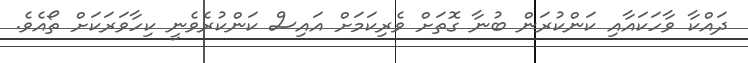
ދައްކާ ވާހަކައާއި ކަންކުރަން ބުނާ ގޮތަށް ވެރިކަމަށް އައިސް ކަންކުރެވެނީ ކިހާވަރަކަށް ތޯއެވެ.